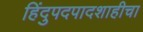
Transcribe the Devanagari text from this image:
हिंदुपदपादशाहीचा